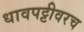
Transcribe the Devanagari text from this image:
धावपट्टीवरच